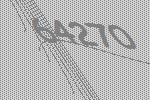
64270